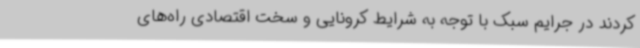
کردند در جرایم سبک با توجه به شرایط کرونایی و سخت اقتصادی راه‌های